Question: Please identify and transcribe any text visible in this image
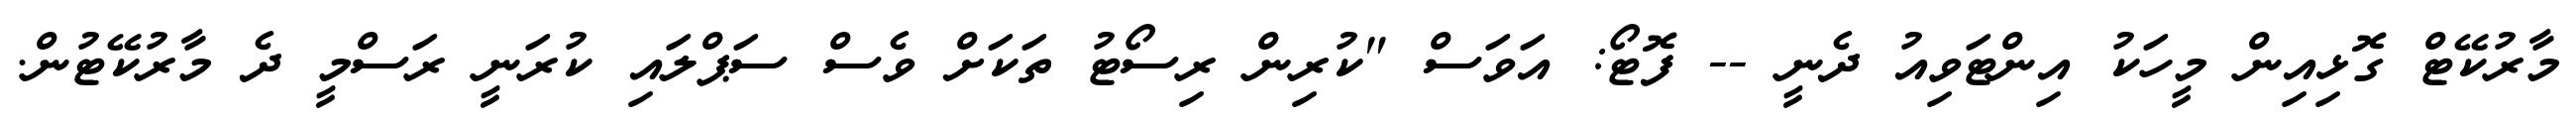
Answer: މާރުކޭޓް ގޮޅިއިން މީހަކު އިންޓަވިއު ދެނީ -- ފޮޓޯ: އަވަސް "ކުރިން ރިސޯޓު ތަކަށް ވެސް ސަޕްލައި ކުރަނީ ރަސްމީ ދެ މާރުކޭޓުން.